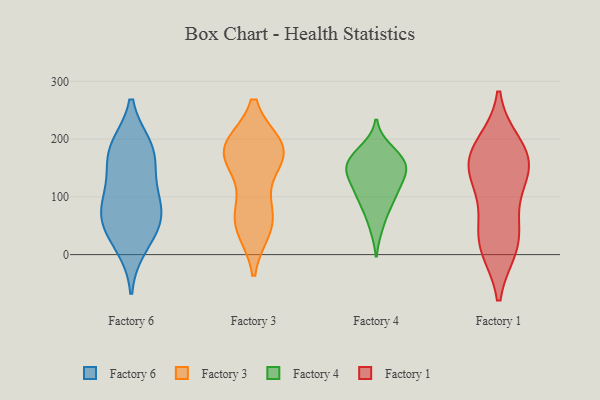
{"axis": {"x": "Budget (USD K)", "y": "Value"}, "legend": ["Factory 1", "Factory 3", "Factory 4", "Factory 6"], "data": [{"x": "", "y": 89, "type": "Factory 6"}, {"x": "", "y": 140, "type": "Factory 6"}, {"x": "", "y": 15, "type": "Factory 6"}, {"x": "", "y": 181, "type": "Factory 6"}, {"x": "", "y": 49, "type": "Factory 6"}, {"x": "", "y": 186, "type": "Factory 6"}, {"x": "", "y": 71, "type": "Factory 6"}, {"x": "", "y": 178, "type": "Factory 6"}, {"x": "", "y": 51, "type": "Factory 6"}, {"x": "", "y": 96, "type": "Factory 6"}, {"x": "", "y": 186, "type": "Factory 3"}, {"x": "", "y": 179, "type": "Factory 3"}, {"x": "", "y": 46, "type": "Factory 3"}, {"x": "", "y": 172, "type": "Factory 3"}, {"x": "", "y": 87, "type": "Factory 3"}, {"x": "", "y": 183, "type": "Factory 3"}, {"x": "", "y": 181, "type": "Factory 3"}, {"x": "", "y": 56, "type": "Factory 3"}, {"x": "", "y": 56, "type": "Factory 3"}, {"x": "", "y": 173, "type": "Factory 3"}, {"x": "", "y": 48, "type": "Factory 4"}, {"x": "", "y": 166, "type": "Factory 4"}, {"x": "", "y": 154, "type": "Factory 4"}, {"x": "", "y": 92, "type": "Factory 4"}, {"x": "", "y": 147, "type": "Factory 4"}, {"x": "", "y": 86, "type": "Factory 4"}, {"x": "", "y": 172, "type": "Factory 4"}, {"x": "", "y": 120, "type": "Factory 4"}, {"x": "", "y": 144, "type": "Factory 4"}, {"x": "", "y": 182, "type": "Factory 4"}, {"x": "", "y": 141, "type": "Factory 4"}, {"x": "", "y": 111, "type": "Factory 4"}, {"x": "", "y": 69, "type": "Factory 1"}, {"x": "", "y": 177, "type": "Factory 1"}, {"x": "", "y": 28, "type": "Factory 1"}, {"x": "", "y": 14, "type": "Factory 1"}, {"x": "", "y": 149, "type": "Factory 1"}, {"x": "", "y": 15, "type": "Factory 1"}, {"x": "", "y": 133, "type": "Factory 1"}, {"x": "", "y": 141, "type": "Factory 1"}, {"x": "", "y": 169, "type": "Factory 1"}, {"x": "", "y": 189, "type": "Factory 1"}]}